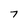
Character: 7